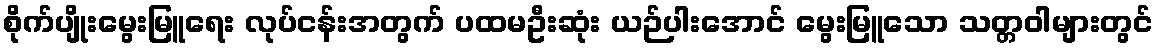
စိုက်ပျိုးမွေးမြူရေး လုပ်ငန်းအတွက် ပထမဦးဆုံး ယဉ်ပါးအောင် မွေးမြူသော သတ္တဝါများတွင်